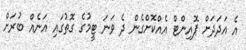
އެ އަދަދަށް ޕޮއިންޓް އެއްކޮށްގެން ދެ ވަނަ ޓީމުގެ ގޮތުގައި އަނެއް ބުރަށް